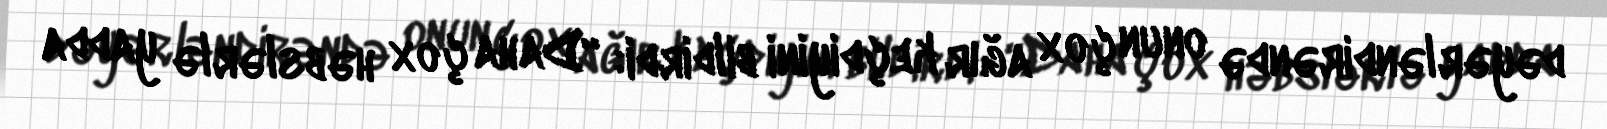
dəyərləndirəndə onun çox ağır keçdiyini bildirdi: “Daha çox həbslərlə yadda